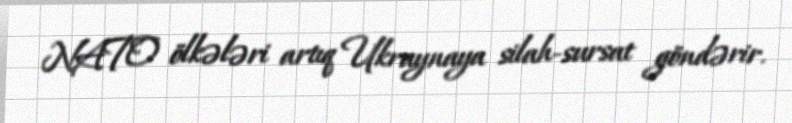
NATO ölkələri artıq Ukraynaya silah-sursat göndərir.